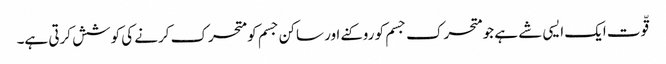
قّوت ایک ایسی شے ہے جو متحرک جسم کو روکنے اور ساکن جسم کو متحرک کرنے کی کوشش کرتی ہے۔